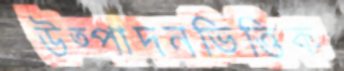
উত্পাদনভিত্তিক